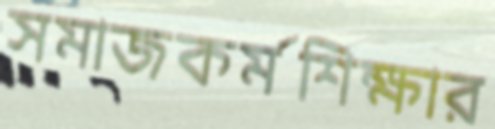
সমাজকর্মশিক্ষার